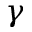
\gamma